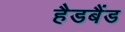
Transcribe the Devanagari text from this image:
हैडबैंड